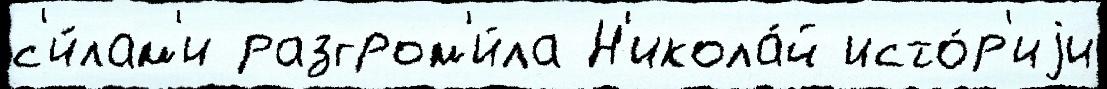
с'и́лам'и разгром'и́ла Н'икола́й исто́р'иjи